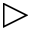
\triangleright